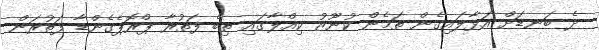
ދެ ބަނޑަށް އަޅާލައިގެން ތަމެން ކުނޫޒު ކިއްލާގައި ތިބެ ފަތުރާ ޕްރޮޕެގެންޑާ ފަތުރަން